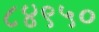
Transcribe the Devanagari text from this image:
८४९५०